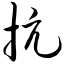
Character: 抗